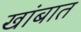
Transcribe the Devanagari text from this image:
खांबात